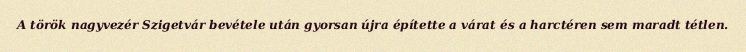
A török nagyvezér Szigetvár bevétele után gyorsan újra építette a várat és a harctéren sem maradt tétlen.